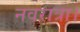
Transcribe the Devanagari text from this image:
नवरात्रा।